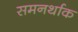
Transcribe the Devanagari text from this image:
समनर्थाक